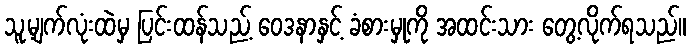
သူ့မျက်လုံးထဲမှ ပြင်းထန်သည့် ဝေဒနာနှင့် ခံစားမှုကို အထင်းသား တွေ့လိုက်ရသည်။